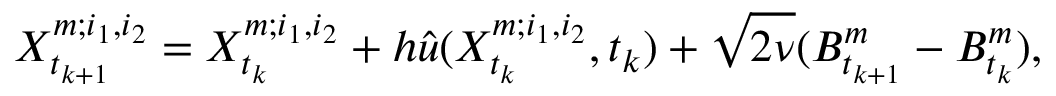
X _ { t _ { k + 1 } } ^ { m ; i _ { 1 } , i _ { 2 } } = X _ { t _ { k } } ^ { m ; i _ { 1 } , i _ { 2 } } + h \Hat { u } ( X _ { t _ { k } } ^ { m ; i _ { 1 } , i _ { 2 } } , t _ { k } ) + \sqrt { 2 \nu } ( B _ { t _ { k + 1 } } ^ { m } - B _ { t _ { k } } ^ { m } ) ,